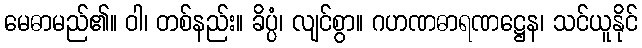
မေဓာမည်၏။ ဝါ၊ တစ်နည်း။ ခိပ္ပံ၊ လျင်စွာ။ ဂဟဏဓာရဏဋ္ဌေန၊ သင်ယူနိုင်